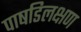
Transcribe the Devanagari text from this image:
पाषडिलक्षण